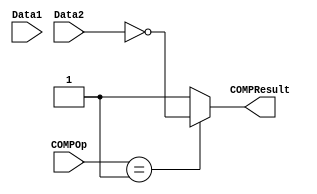
`timescale 1ns / 1ps


module comp(
	input [31:0] Data1, 
	input [31:0] Data2,
	input [1:0] COMPOp,
	output COMPResult
    );
	
	reg _COMPResult;
	assign COMPResult = _COMPResult;
	
	always @ (*) begin
		case (COMPOp) 
			2'b00 : _COMPResult = 1'b1;
			2'b01 : _COMPResult = (Data2 == 0);
			default : _COMPResult = 1'b1;
		endcase
	end

endmodule